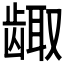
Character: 𱌶